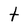
Character: t